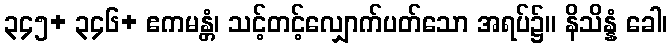
၃၄၅+ ၃၄၆+ ဧကမန္တံ၊ သင့်တင့်လျှောက်ပတ်သော အရပ်၌။ နိသိန္နံ ခေါ၊